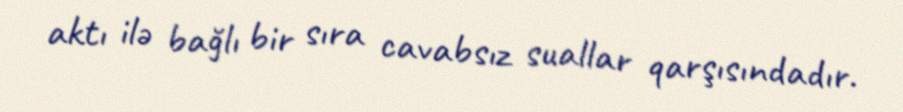
aktı ilə bağlı bir sıra cavabsız suallar qarşısındadır.